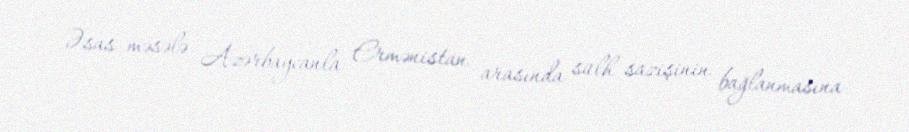
Əsas məsələ Azərbaycanla Ermənistan arasında sülh sazişinin bağlanmasına